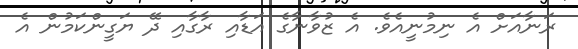
ރަނާއަށް އެ ނިމުނީއެވެ. އެ ޒުވާނާގެ އަޑާއި ރާގާއި ދޭ ޔަގީންކަމުން އެ